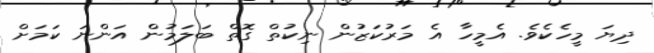
ދިޔަ މީހެކެވެ. އެމީހާ އެ މަރުކަޒުން ނިކުތް ގޮތް ބަލަމުން އަންނަ ކަމަށް